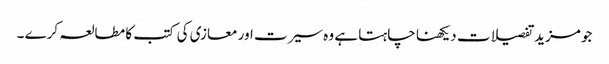
جو مزید تفصیلات دیکھنا چاہتا ہے وہ سیرت اور معازی کی کتب کا مطالعہ کرے ۔